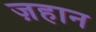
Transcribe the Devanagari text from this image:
ज़हान